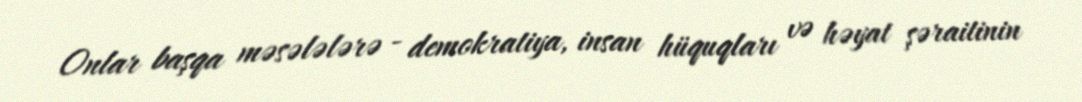
Onlar başqa məsələlərə - demokratiya, insan hüquqları və həyat şəraitinin